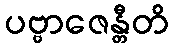
ပဗ္ဗာဇေန္တီတိ